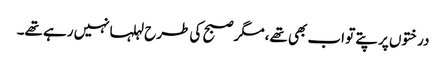
درختوں پر پتے تو اب بھی تھے،مگر صبح کی طرح لہلہانہیں رہے تھے۔